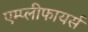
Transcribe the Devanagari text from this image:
एम्प्लीफायर्स